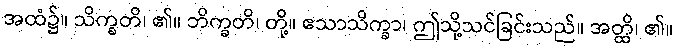
အထံ၌။ သိက္ခတိ၊ ၏။ ဘိက္ခတိ၊ တို့။ ဧသာသိက္ခာ၊ ဤသို့သင်ခြင်းသည်။ အတ္ထိ၊ ၏။